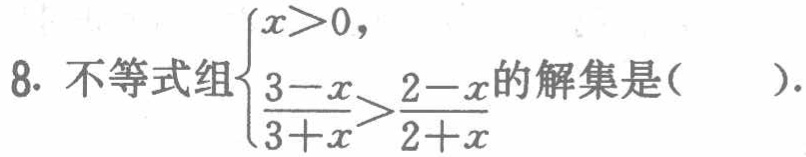
8. 不等式组$\begin{cases}x>0,\\\frac{3 - x}{3 + x}>\frac{2 - x}{2 + x}\end{cases}$的解集是( ).